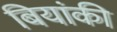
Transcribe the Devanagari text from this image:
बियांकी